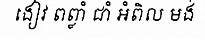
ងៀវ ពព្លាំ ជាំ អំពិល មង់